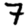
Digit: 7